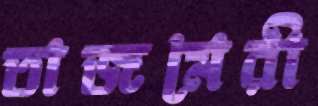
তাজমেরী